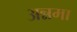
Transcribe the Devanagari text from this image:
अन्नमा